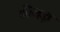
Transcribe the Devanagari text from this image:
कीजड़ा